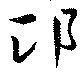
卭